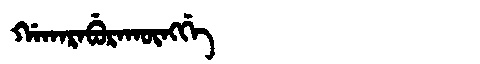
Manchu: ᡤᠠᡴᠠᡵᠠᠪᡠᡵᠠᡴᡡᠩᡤᡝ
Romanization: GAKARABURAKŪNGGE